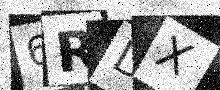
Text: 6RDX